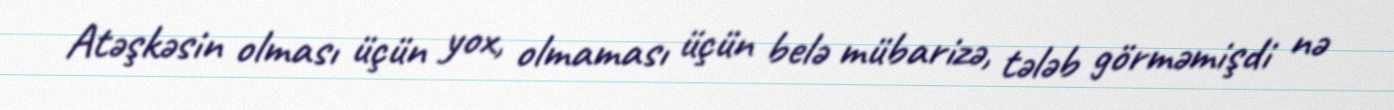
Atəşkəsin olması üçün yox, olmaması üçün belə mübarizə, tələb görməmişdi nə